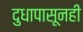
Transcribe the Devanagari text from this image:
दुधापासूनही